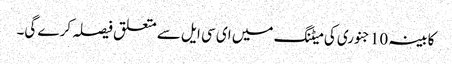
کابینہ 10 جنوری کی میٹنگ میں ای سی ایل سے متعلق فیصلہ کرے گی۔